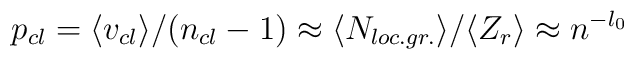
p_{cl}=\langle v_{cl}\rangle/(n_{cl}-1)\approx \langle N_{loc.gr.}\rangle/\langle  Z_r\rangle\approx n^{-l_0}